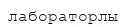
лабораторлы